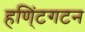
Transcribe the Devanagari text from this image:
हणि्ंटगटन